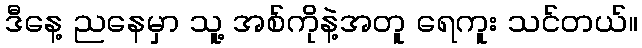
ဒီနေ့ ညနေမှာ သူ့ အစ်ကိုနဲ့အတူ ရေကူး သင်တယ်။